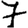
Digit: 7